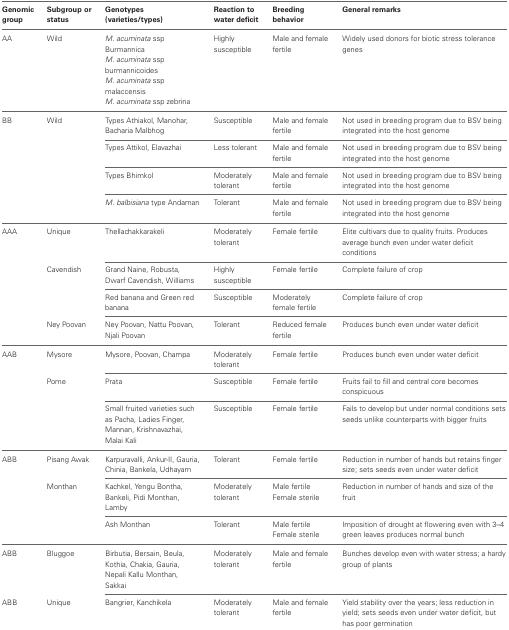
| Genomic group | Subgroup or status | Genotypes (varieties/types) | Reaction to water deficit | Breeding behavior | General remarks |
 | --- | --- | --- | --- | --- | --- |
 | AA | Wild | M. acuminata ssp Burmannica | Highly susceptible | Male and female fertile | Widely used donors for biotic stress tolerance genes |
 |  |  | M. acuminata ssp burmannicoides |  |  |  |
 |  |  | M. acuminata ssp malaccensis |  |  |  |
 |  |  | M. acuminata ssp zebrina |  |  |  |
 | BB | Wild | Types Athiakol, Manohar, Bacharia Malbhog | Susceptible | Male and female fertile | Not used in breeding program due to BSV being integrated into the host genome |
 |  |  | Types Attikol, Elavazhai | Less tolerant | Male and female fertile | Not used in breeding program due to BSV being integrated into the host genome |
 |  |  | Types Bhimkol | Moderately tolerant | Male and female fertile | Not used in breeding program due to BSV being integrated into the host genome |
 |  |  | M. balbisiana type Andaman | Tolerant | Male and female fertile | Not used in breeding program due to BSV being integrated into the host genome |
 | AAA | Unique | Thellachakkarakeli | Moderately tolerant | Female fertile | Elite cultivars due to quality fruits. Produces average bunch even under water deficit conditions |
 |  | Cavendish | Grand Naine, Robusta, Dwarf Cavendish, Williams | Highly susceptible | Female fertile | Complete failure of crop |
 |  |  | Red banana and Green red banana | Susceptible | Moderately female fertile | Complete failure of crop |
 |  | Ney Poovan | Ney Poovan, Nattu Poovan, Njali Poovan | Tolerant | Reduced female fertile | Produces bunch even under water deficit |
 | AAB | Mysore | Mysore, Poovan, Champa | Moderately tolerant | Female fertile | Produces bunch even under water deficit |
 |  | Pome | Prata | Susceptible | Female fertile | Fruits fail to fill and central core becomes conspicuous |
 |  |  | Small fruited varieties such as Pacha, Ladies Finger, Mannan, Krishnavazhai, Malai Kali | Susceptible | Female fertile | Fails to develop but under normal conditions sets seeds unlike counterparts with bigger fruits |
 | ABB | Pisang Awak | Karpuravalli, Ankur-II, Gauria, Chinia, Bankela, Udhayam | Tolerant | Female fertile | Reduction in number of hands but retains finger size; sets seeds even under water deficit |
 |  | Monthan | Kachkel, Yengu Bontha, Bankeli, Pidi Monthan, Lamby | Moderately tolerant | Male fertile Female sterile | Reduction in number of hands and size of the fruit |
 |  |  | Ash Monthan | Tolerant | Male fertile Female sterile | Imposition of drought at flowering even with 3–4 green leaves produces normal bunch |
 | ABB | Bluggoe | Birbutia, Bersain, Beula, Kothia, Chakia, Gauria, Nepali Kallu Monthan, Sakkai | Moderately tolerant | Male and female fertile | Bunches develop even with water stress; a hardy group of plants |
 | ABB | Unique | Bangrier, Kanchikela | Moderately tolerant | Male and female fertile | Yield stability over the years; less reduction in yield; sets seeds even under water deficit, but has poor germination |